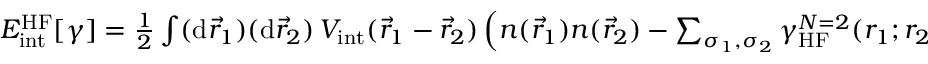
\begin{array} { r } { E _ { \mathrm { i n t } } ^ { \mathrm { H F } } [ \gamma ] = \frac 1 2 \int ( \mathrm { d } \vec { r } _ { 1 } ) ( \mathrm { d } \vec { r } _ { 2 } ) \, V _ { \mathrm { i n t } } ( \vec { r } _ { 1 } - \vec { r } _ { 2 } ) \left( n ( \vec { r } _ { 1 } ) n ( \vec { r } _ { 2 } ) - \sum _ { \sigma _ { 1 } , \sigma _ { 2 } } \gamma _ { \mathrm { H F } } ^ { N = 2 } ( r _ { 1 } ; r _ { 2 } ) \, \gamma _ { \mathrm { H F } } ^ { N = 2 } ( r _ { 2 } ; r _ { 1 } ) \right) } \end{array}